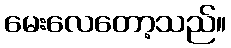
မေးလေတော့သည်။